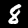
Label: 8